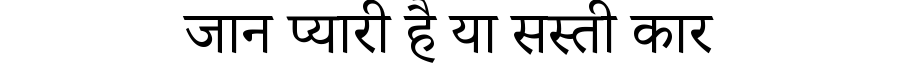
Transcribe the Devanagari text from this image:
जान प्यारी है या सस्ती कार